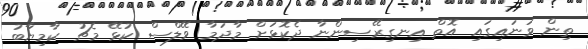
ތިން ވަނައިގައި އޮތް އިނގިރޭސިންނާ ދެކޮޅަށް މާދަމާ ވޭލްސް ކުޅޭ މެޗު ކާމިޔާބު